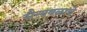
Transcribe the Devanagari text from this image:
सैन्यबळाचे